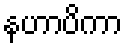
နဟာပိကာ